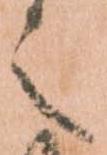
之